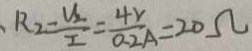
、 R _ { 2 } = \frac { U _ { 2 } } { I } = \frac { 4 v } { 0 . 2 A } = 2 0 \Omega